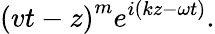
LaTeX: \left(vt-z\right)^{m}e^{i\left(kz-\omega t\right)}.